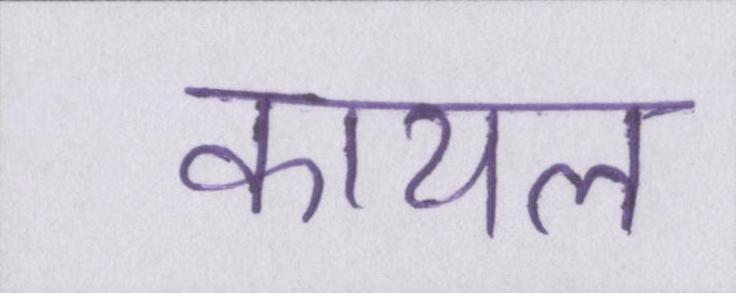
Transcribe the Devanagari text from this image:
कायल